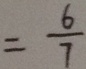
= \frac { 6 } { 7 }